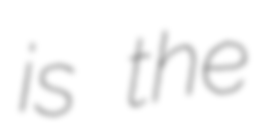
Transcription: is the